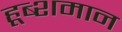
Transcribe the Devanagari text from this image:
हूब्शमान